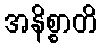
အနိစ္စာတိ